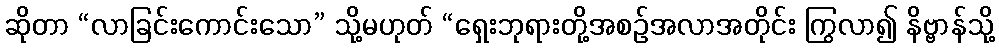
ဆိုတာ “လာခြင်းကောင်းသော” သို့မဟုတ် “ရှေးဘုရားတို့အစဉ်အလာအတိုင်း ကြွလာ၍ နိဗ္ဗာန်သို့